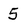
Character: 5